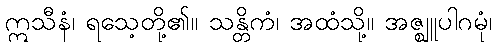
ဣသီနံ၊ ရသေ့တို့၏။ သန္တိကံ၊ အထံသို့။ အဇ္ဈူပါဂမုံ၊